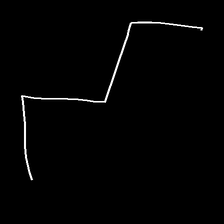
Glyph: crush